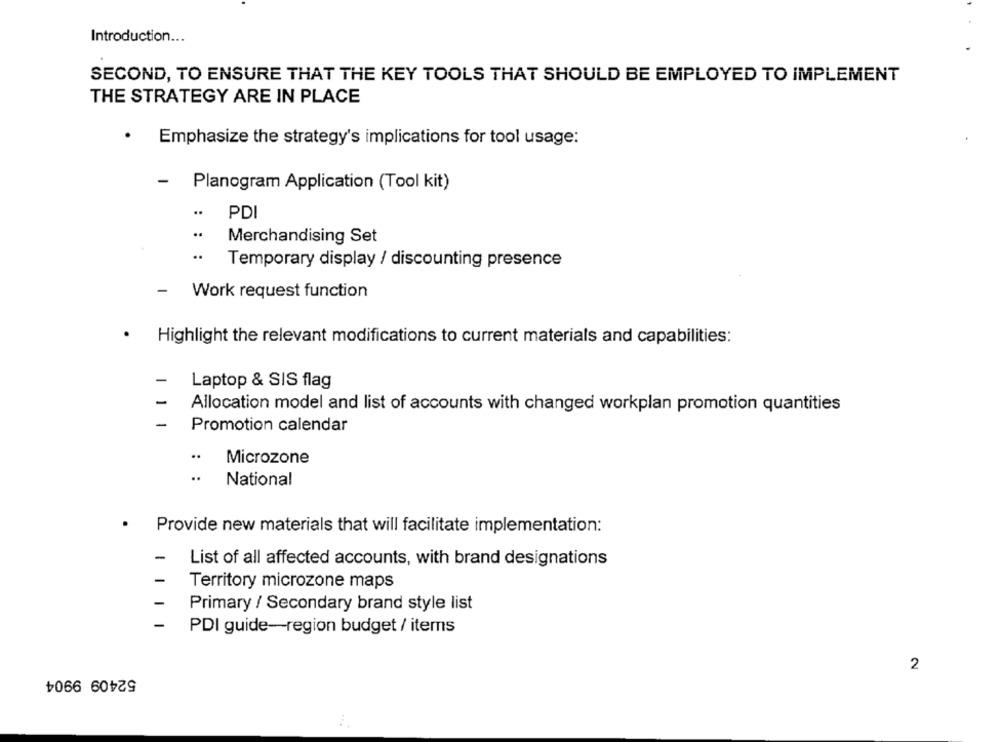
Introduction ...
SECOND, TO ENSURE THAT THE KEY TOOLS THAT SHOULD BE EMPLOYED TO IMPLEMENT
THE STRATEGY ARE IN PLACE
.
Emphasize the strategy's implications for tool usage:
-
Planogram Application (Tool kit)
..
PDI
..
Merchandising Set
..
Temporary display / discounting presence
Work request function
Highlight the relevant modifications to current materials and capabilities:
-
Laptop & SIS flag
-
Allocation model and list of accounts with changed workplan promotion quantities
-
Promotion calendar
..
Microzone
..
National
.
Provide new materials that will facilitate implementation:
-
List of all affected accounts, with brand designations
Territory microzone maps
Primary / Secondary brand style list
-
PDI guide-region budget / items
2
52409 9904